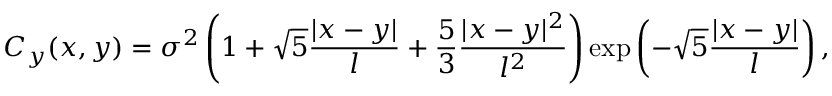
C _ { y } ( x , y ) = \sigma ^ { 2 } \left( 1 + \sqrt { 5 } \frac { | x - y | } { l } + \frac { 5 } { 3 } \frac { | x - y | ^ { 2 } } { l ^ { 2 } } \right) \exp \left( - \sqrt { 5 } \frac { | x - y | } { l } \right) ,